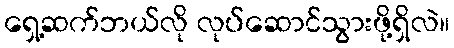
ရှေ့ဆက်ဘယ်လို လုပ်ဆောင်သွားဖို့ရှိလဲ။